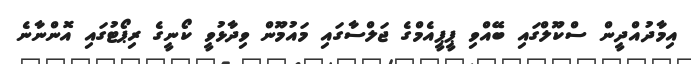
އިމާދުއްދީން ސްކޫލްގައި ބޭއްވި ޕީޕީއެމްގެ ޖަލްސާގައި މައުމޫން ވިދާޅުވީ ކޯނީގެ ރިޕޯޓުގައި އޮންނާނެ